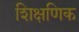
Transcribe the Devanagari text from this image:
शिक्षणिक